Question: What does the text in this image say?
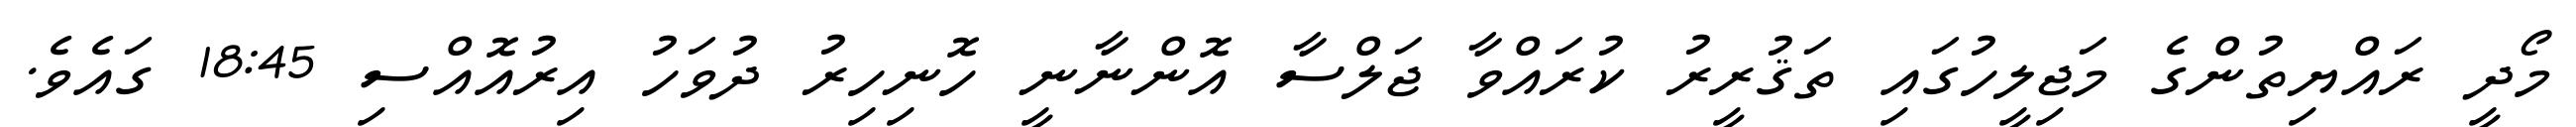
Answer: މޯދީ ރައްޔިތުންގެ މަޖިލީހުގައި ތަޤުރީރު ކުރައްވާ ޖަލްސާ އޮންނާނީ ހޮނިހިރު ދުވަހު އިރުއޮއްސި 18:45 ގައެވެ.